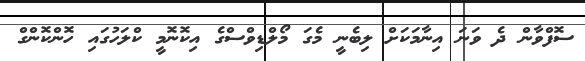
ސޮފްވާން ދެ ވަނަ އިނާމަކަށް ލިބެނީ މެގަ މޯލްޑިވްސްގެ އިކޮނޮމީ ކްލަހުގައި ހޮންކޮންގް